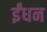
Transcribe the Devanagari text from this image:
र्इंधन